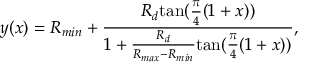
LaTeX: y ( x ) = R _ { m i n } + \frac { R _ { d } \mathrm { t a n } ( \frac { \pi } { 4 } ( 1 + x ) ) } { 1 + \frac { R _ { d } } { R _ { m a x } - R _ { m i n } } \mathrm { t a n } ( \frac { \pi } { 4 } ( 1 + x ) ) } ,